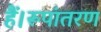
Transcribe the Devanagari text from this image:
हैं।रूपांतरण